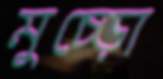
মুচ্‌ড়ো